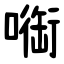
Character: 㗸